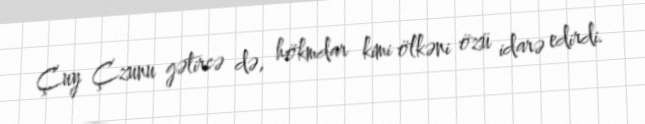
Çuy Çzunu gətirsə də, hökmdar kimi ölkəni özü idarə edirdi.